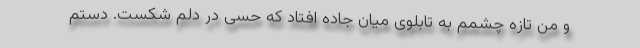
و من تازه چشمم به تابلوی میان جاده افتاد که حسی در دلم شکست. دستم